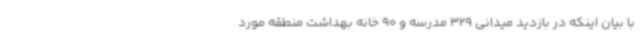
با بیان اینکه در بازدید میدانی 329 مدرسه و 90 خانه بهداشت منطقه مورد